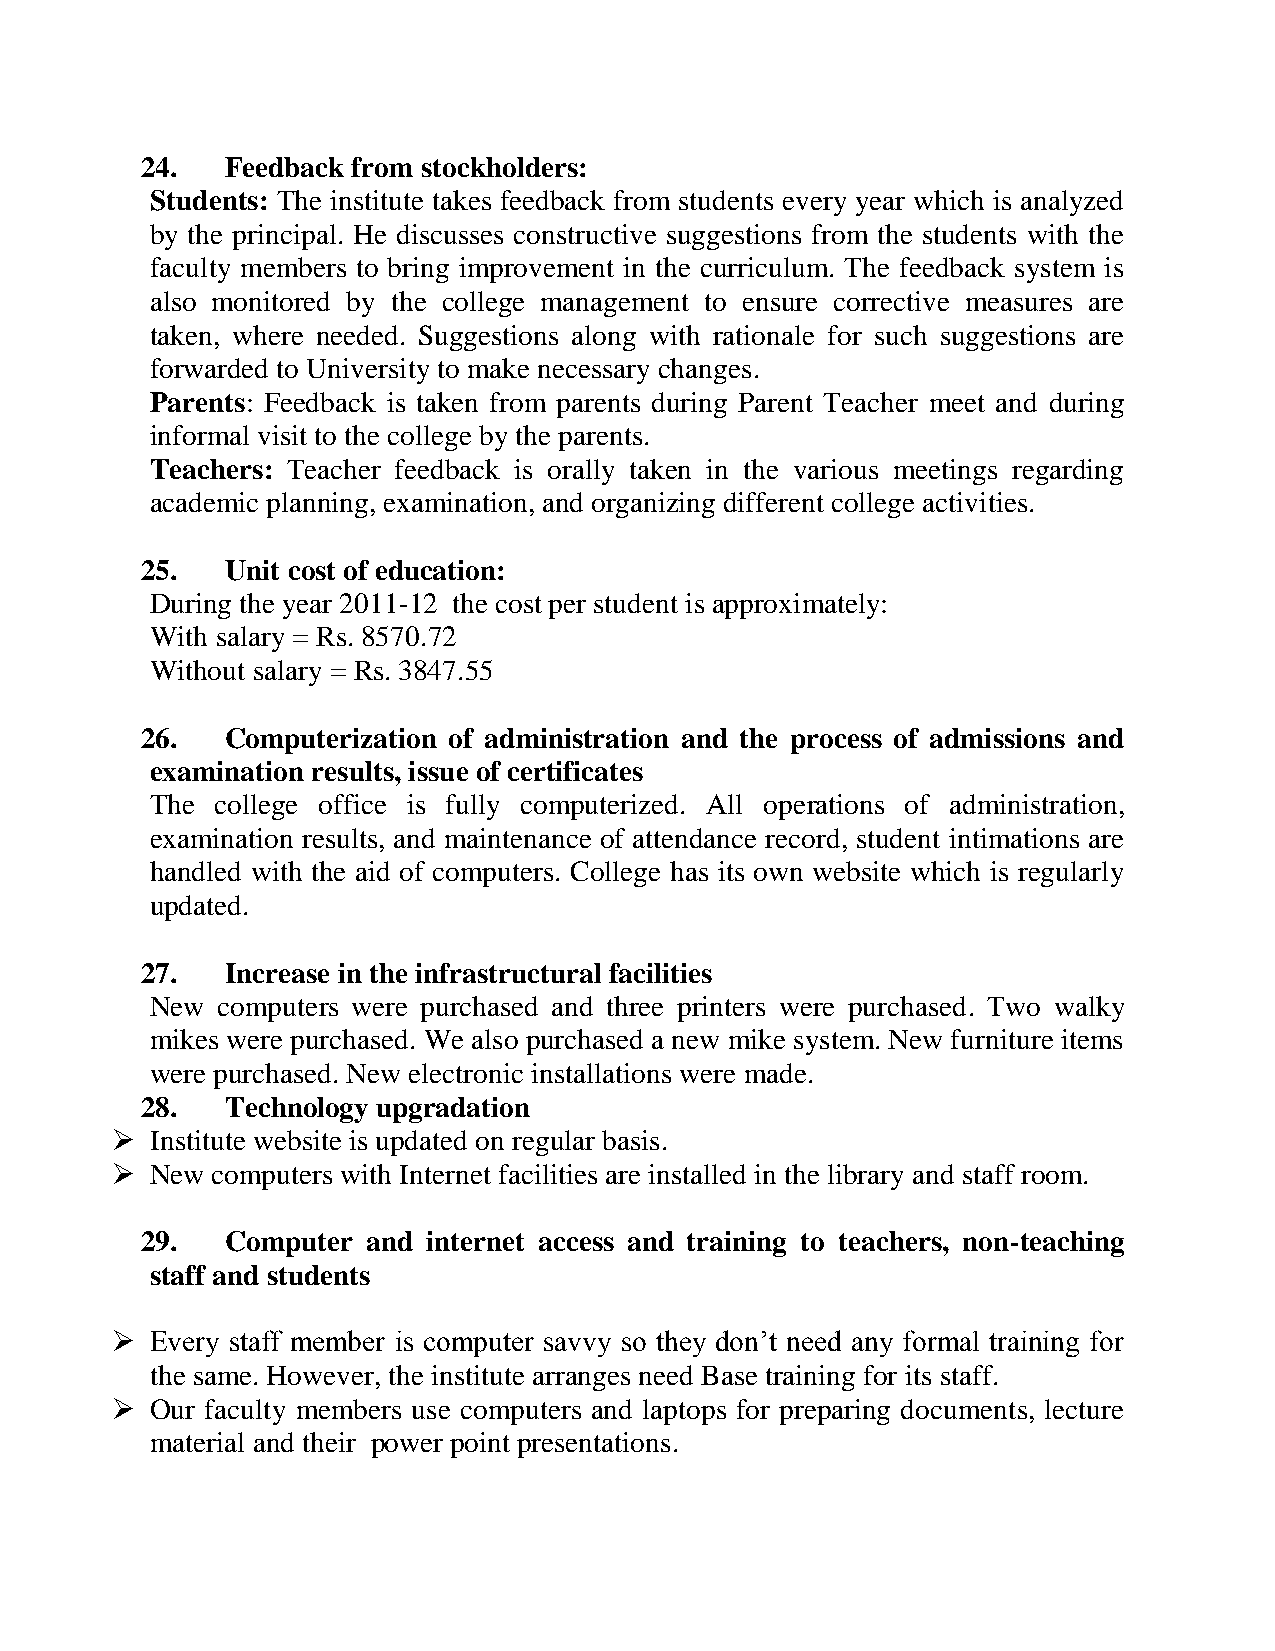
24.   Feedback from stockholders:
 Students: The institute takes feedback from students every year which is analyzed
 by the principal. He discusses constructive suggestions from the students with the
 faculty members to bring improvement in the curriculum. The feedback system is
 also monitored by the college management to ensure corrective measures are
 taken, where needed. Suggestions along with rationale for such suggestions are
 forwarded to University to make necessary changes.
 Parents: Feedback is taken from parents during Parent Teacher meet and during
 informal visit to the college by the parents.
 Teachers: Teacher feedback is orally taken in the various meetings regarding
 academic planning, examination, and organizing different college activities.
 25.   Unit cost of education:
 During the year 2011-12 the cost per student is approximately:
 With salary = Rs. 8570.72
 Without salary = Rs. 3847.55
 26.   Computerization of administration and the process of admissions and
 examination results, issue of certificates
 The college office is fully computerized. All operations of administration,
 examination results, and maintenance of attendance record, student intimations are
 handled with the aid of computers. College has its own website which is regularly
 updated.
 27.   Increase in the infrastructural facilities
 New computers were purchased and three printers were purchased. Two walky
 mikes were purchased. We also purchased a new mike system. New furniture items
 were purchased. New electronic installations were made.
 28.   Technology upgradation
   Institute website is updated on regular basis.
   New computers with Internet facilities are installed in the library and staff room.
 29.   Computer and internet access and training to teachers, non-teaching
 staff and students
   Every staff member is computer savvy so they don‟t need any formal training for
 the same. However, the institute arranges need Base training for its staff.
   Our faculty members use computers and laptops for preparing documents, lecture
 material and their power point presentations.